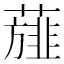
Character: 𮑸